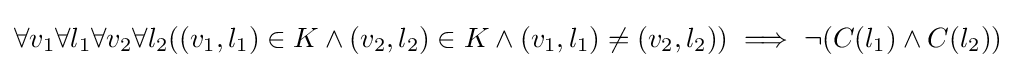
\forall v_{1}\forall l_{1}\forall v_{2}\forall l_{2}((v_{1},l_{1})\in K\land (v_{2},l_{2})\in K\land (v_{1},l_{1})\neq (v_{2},l_{2}))\implies \neg (C(l_{1})\land C(l_{2}))